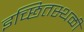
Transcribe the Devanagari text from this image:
इच्छितस्थळी